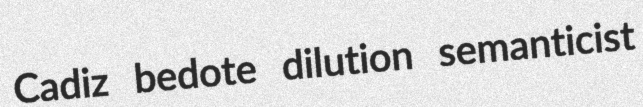
Cadiz bedote dilution semanticist